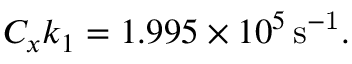
C _ { x } k _ { 1 } = 1 . 9 9 5 \times 1 0 ^ { 5 } \, \mathrm { s ^ { - 1 } } .